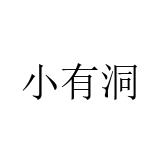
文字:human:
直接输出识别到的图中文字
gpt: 小有洞